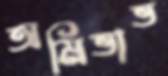
অমিভাভ